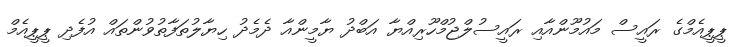
ޕީޕީއެމްގެ ރައީސް މައުމޫންއާއި ރައީސުލްޖުމްހޫރިއްޔާ އަބްދު ޔާމީންއާ ދެމެދު ހިޔާލުތަފާތުވުންތައް އުފެދި ޕީޕީއެމް